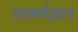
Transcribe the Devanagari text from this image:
तात्पर्यज्ञान